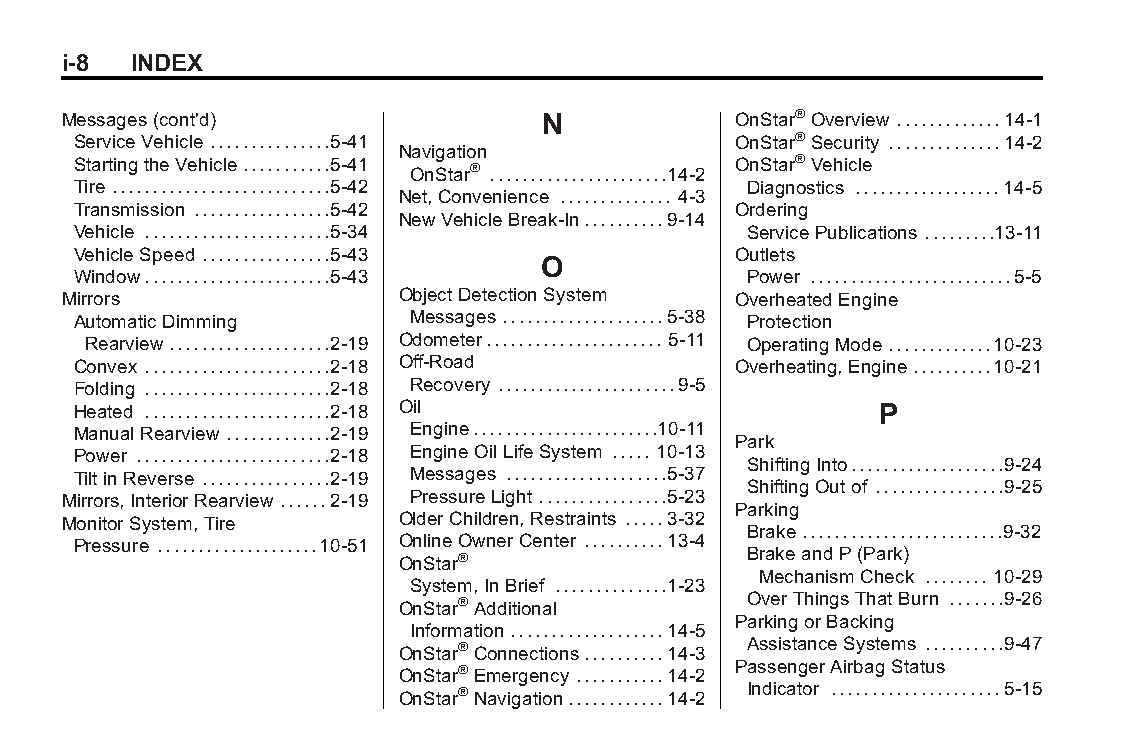
Buick LaCrosse Owner Manual (GMNA-Localizing-U.S./Canada/Mexico- Blackplate(8,1)
 6043609)-2014-2ndEdition-10/17/13
 i-8 INDEX
 Messages(cont'd)                N           OnStar®Overview .............14-1
 ServiceVehicle ...............5-41         OnStar®Security ..............14-2
 Navigation
 StartingtheVehicle...........5-41 OnStar® ......................14-2 OnStar®Vehicle
 Tire ...........................5-42        Diagnostics ..................14-5
 Net,Convenience .............. 4-3
 Transmission .................5-42         Ordering
 NewVehicleBreak-In..........9-14
 Vehicle .......................5-34         ServicePublications .........13-11
 VehicleSpeed ................5-43          Outlets
 O
 Window.......................5-43           Power .........................5-5
 Mirrors               ObjectDetectionSystem OverheatedEngine
 AutomaticDimming      Messages....................5-38 Protection
 Rearview....................2-19 Odometer...................... 5-11 OperatingMode.............10-23
 Convex .......................2-18 Off-Road Overheating,Engine..........10-21
 Folding .......................2-18 Recovery ......................9-5
 Heated .......................2-18 Oil               P
 ManualRearview .............2-19 Engine.......................10-11
 Park
 Power ........................2-18 EngineOilLifeSystem ..... 10-13
 ShiftingInto...................9-24
 TiltinReverse ................2-19 Messages ....................5-37
 ShiftingOutof ................9-25
 Mirrors,InteriorRearview......2-19 PressureLight................5-23
 Parking
 MonitorSystem,Tire    OlderChildren,Restraints .....3-32
 Brake.........................9-32
 Pressure ....................10-51 OnlineOwnerCenter ..........13-4
 OnStar®                BrakeandP(Park)
 MechanismCheck ........ 10-29
 System,InBrief ..............1-23
 OnStar®Additional      OverThingsThatBurn .......9-26
 ParkingorBacking
 Information...................14-5
 OnStar®Connections..........14-3 AssistanceSystems ..........9-47
 OnStar®Emergency ...........14-2 PassengerAirbagStatus
 OnStar®Navigation............14-2 Indicator .....................5-15